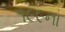
૧૯૯ના